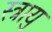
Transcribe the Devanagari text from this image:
स्त्रायु